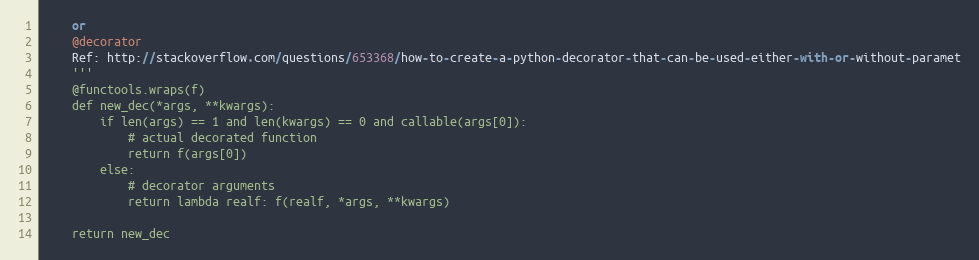
Language: Python
    or
    @decorator
    Ref: http://stackoverflow.com/questions/653368/how-to-create-a-python-decorator-that-can-be-used-either-with-or-without-paramet
    '''
    @functools.wraps(f)
    def new_dec(*args, **kwargs):
        if len(args) == 1 and len(kwargs) == 0 and callable(args[0]):
            # actual decorated function
            return f(args[0])
        else:
            # decorator arguments
            return lambda realf: f(realf, *args, **kwargs)

    return new_dec